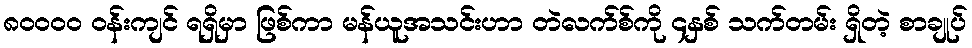
၈၀၀၀၀ ဝန်းကျင် ရရှိမှာ ဖြစ်ကာ မန်ယူအသင်းဟာ တဲလက်စ်ကို ၄နှစ် သက်တမ်း ရှိတဲ့ စာချုပ်